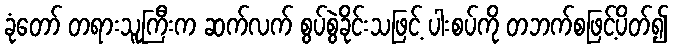
ခုံတော် တရားသူကြီးက ဆက်လက် စွပ်စွဲခိုင်းသဖြင့် ပါးစပ်ကို တဘက်စဖြင့်ပိတ်၍